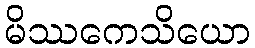
မိဿကေသိယော